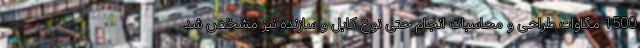
1500 مگاوات طراحی و محاسبات انجام حتی نوع کابل و سازنده نیز مشخص شد